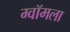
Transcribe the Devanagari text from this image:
ग्वॉमला